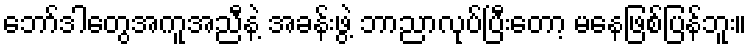
ဘော်ဒါတွေအကူအညီနဲ့ အခန်းဖွဲ့ ဘာညာလုပ်ပြီးတော့ မနေဖြစ်ပြန်ဘူး။